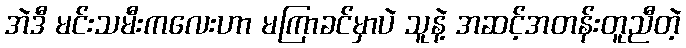
အဲဒီ မင်းသမီးကလေးဟာ မကြာခင်မှာပဲ သူနဲ့ အဆင့်အတန်းတူညီတဲ့